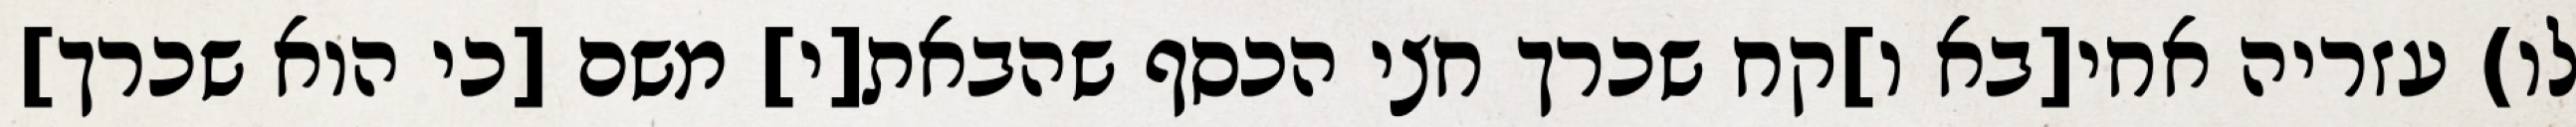
לו) עזריה אחי[בא ו]קח שכרך חצי הכסף שהבאת[י] משם [כי הוא שכרך]